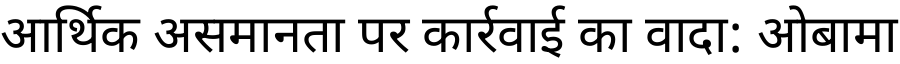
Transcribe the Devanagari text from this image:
आर्थिक असमानता पर कार्रवाई का वादा: ओबामा